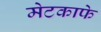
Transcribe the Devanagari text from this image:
मेटकाफे